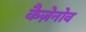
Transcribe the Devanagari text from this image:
कैज़ेनोव